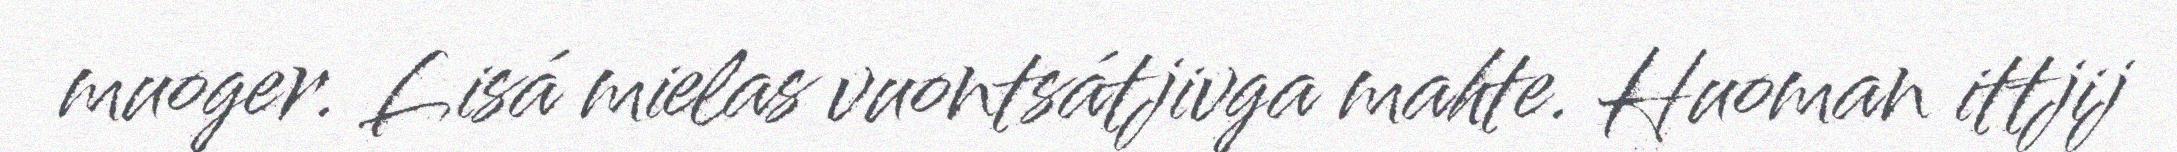
muoger. Lisá mielas vuontsátjivga mahte. Huoman ittjij